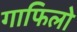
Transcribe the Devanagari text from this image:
गाफिलो